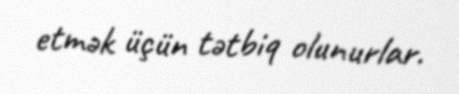
etmək üçün tətbiq olunurlar.